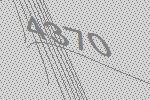
4370